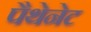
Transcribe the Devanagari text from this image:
पैथेनेट